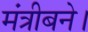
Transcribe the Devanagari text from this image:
मंत्रीबने।